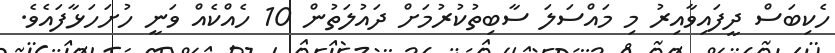
ހެކިބަސް ދީފައިވާއިރު މި މައްސަލަ ސާބިތުކުރުމަށް ދައުލަތުން 10 ހެއްކެއް ވަނީ ހުށަހަޅާފައެވެ.